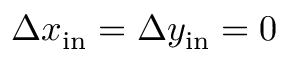
\Delta x _ { \mathrm { i n } } = \Delta y _ { \mathrm { i n } } = 0